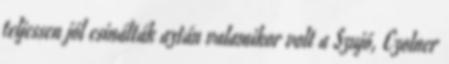
teljessen jól csinálták aztán valamikor volt a Szujó, Czolner